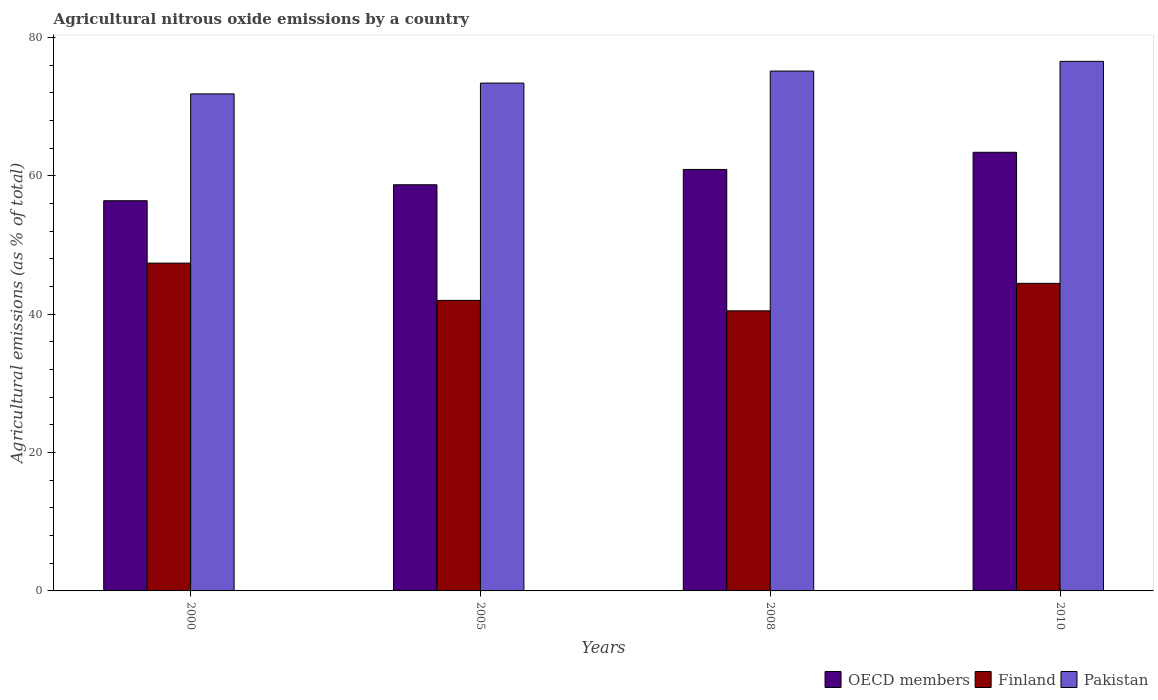
| Years | OECD members | Finland | Pakistan |
 | --- | --- | --- | --- |
 | 2000 | 56.4 | 47.4 | 71.9 |
 | 2005 | 58.7 | 42 | 73.4 |
 | 2008 | 60.9 | 40.5 | 75.2 |
 | 2010 | 63.4 | 44.5 | 76.6 |